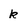
Character: k